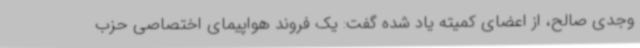
وجدی صالح، از اعضای کمیته یاد شده گفت: یک فروند هواپیمای اختصاصی حزب